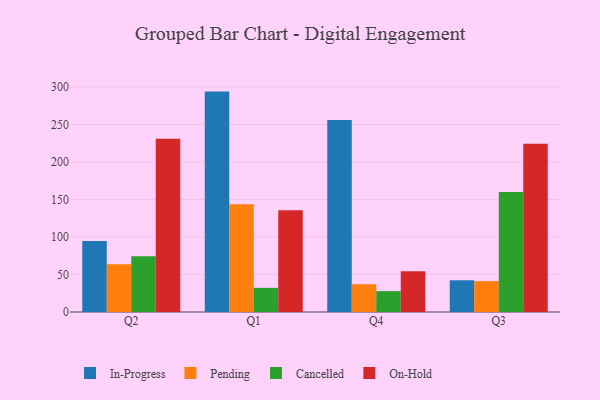
{"axis": {"x": "Quarter", "y": "Tickets Resolved"}, "legend": ["Cancelled", "In-Progress", "On-Hold", "Pending"], "data": [{"x": "Q2", "y": 94.8, "type": "In-Progress"}, {"x": "Q2", "y": 63.8, "type": "Pending"}, {"x": "Q2", "y": 74.3, "type": "Cancelled"}, {"x": "Q2", "y": 231.0, "type": "On-Hold"}, {"x": "Q1", "y": 293.9, "type": "In-Progress"}, {"x": "Q1", "y": 143.6, "type": "Pending"}, {"x": "Q1", "y": 32.2, "type": "Cancelled"}, {"x": "Q1", "y": 135.8, "type": "On-Hold"}, {"x": "Q4", "y": 255.9, "type": "In-Progress"}, {"x": "Q4", "y": 37.0, "type": "Pending"}, {"x": "Q4", "y": 27.8, "type": "Cancelled"}, {"x": "Q4", "y": 54.3, "type": "On-Hold"}, {"x": "Q3", "y": 42.3, "type": "In-Progress"}, {"x": "Q3", "y": 41.2, "type": "Pending"}, {"x": "Q3", "y": 159.9, "type": "Cancelled"}, {"x": "Q3", "y": 224.3, "type": "On-Hold"}]}